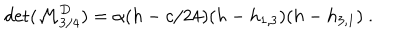
LaTeX: \det ( { \cal M } _ { 3 / 4 } ^ { D } ) = \alpha ( h - c / 2 4 ) ( h - h _ { 1 , 3 } ) ( h - h _ { 3 , 1 } ) { } ~ .